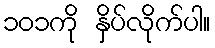
၁၀၁ကို နှိပ်လိုက်ပါ။